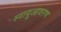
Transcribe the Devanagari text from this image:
स्नायूआवरण